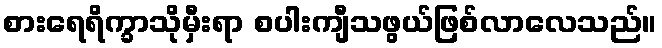
စားရေရိက္ခာသိုမှီးရာ စပါးကျီသဖွယ်ဖြစ်လာလေသည်။